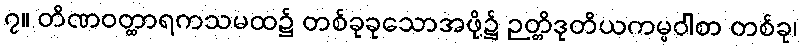
၇။ တိဏဝတ္ထာရကသမထ၌ တစ်ခုခုသောအဖို့၌ ဉတ္တိဒုတိယကမ္မဝါစာ တစ်ခု၊